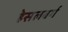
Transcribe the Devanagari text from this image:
हेसलबर्ग